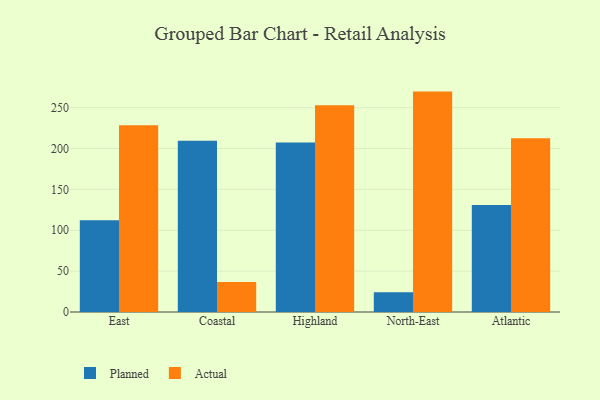
{"axis": {"x": "Region", "y": "Demand Index"}, "legend": ["Actual", "Planned"], "data": [{"x": "East", "y": 112.4, "type": "Planned"}, {"x": "East", "y": 228.6, "type": "Actual"}, {"x": "Coastal", "y": 209.6, "type": "Planned"}, {"x": "Coastal", "y": 36.7, "type": "Actual"}, {"x": "Highland", "y": 207.4, "type": "Planned"}, {"x": "Highland", "y": 252.9, "type": "Actual"}, {"x": "North-East", "y": 24.2, "type": "Planned"}, {"x": "North-East", "y": 269.7, "type": "Actual"}, {"x": "Atlantic", "y": 130.8, "type": "Planned"}, {"x": "Atlantic", "y": 212.6, "type": "Actual"}]}